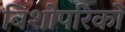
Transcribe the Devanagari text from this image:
बिशोपरिकों